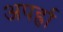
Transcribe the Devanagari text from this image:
अपर्ह्रा